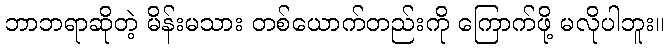
ဘာဘရာဆိုတဲ့ မိန်းမသား တစ်ယောက်တည်းကို ကြောက်ဖို့ မလိုပါဘူး။